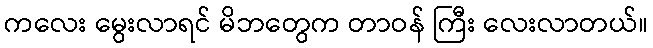
ကလေး မွေးလာရင် မိဘတွေက တာဝန် ကြီး လေးလာတယ်။